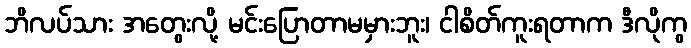
ဘိလပ်သား အတွေးလို့ မင်းပြောတာမမှားဘူး၊ ငါစိတ်ကူးရတာက ဒီလိုကွ